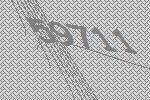
59711